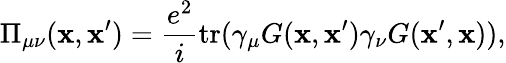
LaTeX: \Pi_{\mu\nu}(\mathbf{x},\mathbf{x}^{\prime})=\frac{{e^{2}}}{{i}}\mathrm{{tr}}(\gamma_{\mu}G(\mathbf{x},\mathbf{x}^{\prime})\gamma_{\nu}G(\mathbf{x}^{\prime},\mathbf{x})),